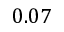
0 . 0 7